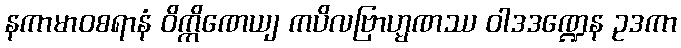
နကာမာဝစရာနံ ဝိက္ကိဏေယျ ကပိလဗြာဟ္မဏဿ ဝါဒဒဏ္ဍေန ဥဒကာ